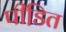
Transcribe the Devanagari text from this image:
पीडि़त